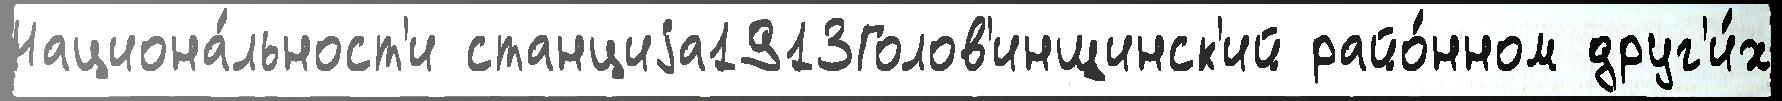
Национа́льност'и станциjа1913Голов'инщинск'ий райо́нном друг'и́х